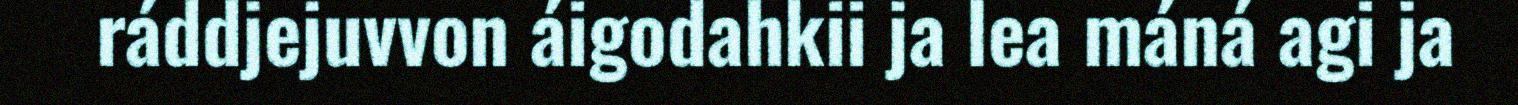
ráddjejuvvon áigodahkii ja lea máná agi ja